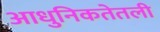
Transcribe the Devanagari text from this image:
आधुनिकतेतली